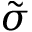
\tilde { \sigma }